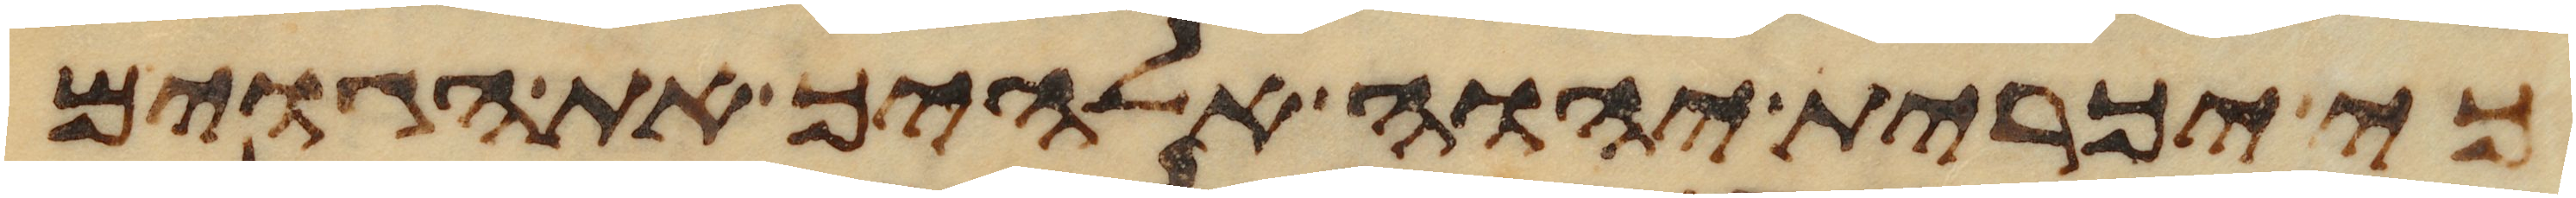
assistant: כי יכרית יהוה אלהיך את הגוים